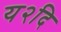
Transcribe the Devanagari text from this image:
य२दि